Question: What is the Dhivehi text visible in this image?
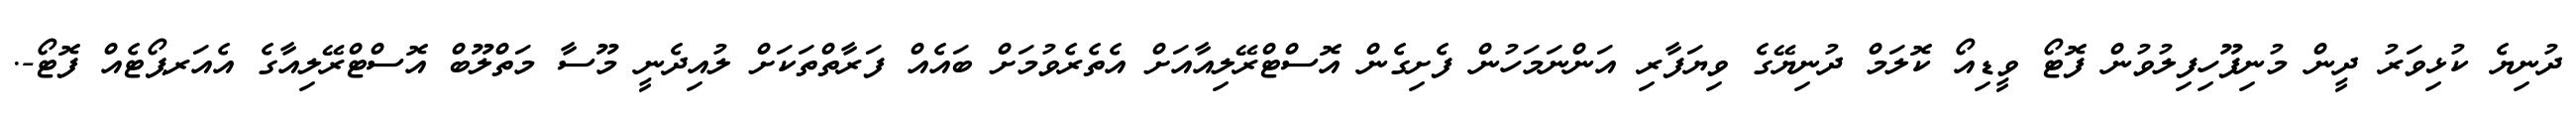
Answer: ދުނިޔެ ކުޅިވަރު ދީން މުނިފޫހިފިލުވުން ފޮޓޯ ވީޑިއޯ ކޮލަމް ދުނިޔޭގެ ވިޔަފާރި އަންނަމަހުން ފެށިގެން އޮސްޓްރޭލިއާއަށް އެތެރެވުމަށް ބައެއް ފަރާތްތަކަށް ލުއިދެނީ މޫސާ މަތްލޫބް އޮސްޓްރޭލިއާގެ އެއަރޕޯޓެއް ފޮޓޯ-.